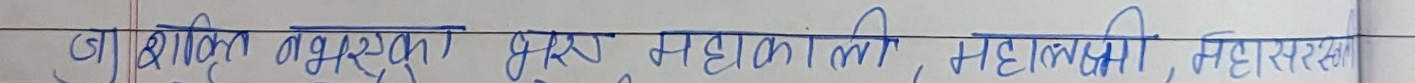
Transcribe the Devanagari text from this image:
जिल्ला शक्ति नभएको बुटवल महाकाली, महालक्ष्मी, महासस